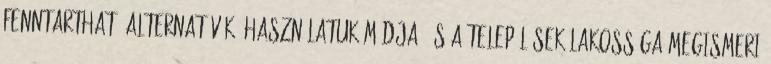
fenntartható alternatívák, használatuk módja, és a települések lakossága megismeri